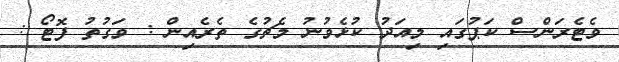
ވެޓެރަންސް ކަޕުގައި މިއަދު ކުޅެވުނު މެޗުގެ ތެރެއިން : ވަގުތު ފޮޓޯ :